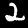
Digit: 2